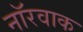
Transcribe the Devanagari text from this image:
नॉरवाक